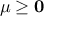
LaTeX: { \boldsymbol { \mu } } \geq \mathbf { 0 }